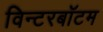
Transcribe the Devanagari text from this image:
विन्टरबॉटम